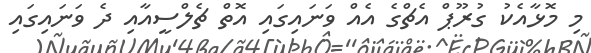
މި މޮޅާއެކު ގުރޫޕް އެޗްގެ އެއް ވަނައިގައި އޮތް ޗެލްސީއާއި ދެ ވަނައިގައި